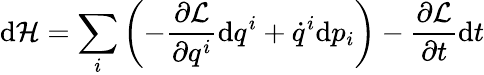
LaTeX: \mathrm{d}{\mathcal{H}}=\sum_{i}\left(-{\frac{\partial{\mathcal{L}}}{\partial q^{i}}}\mathrm{d}q^{i}+{\dot{q}}^{i}\mathrm{d}p_{i}\right)-{\frac{\partial{\mathcal{L}}}{\partial t}}\mathrm{d}t